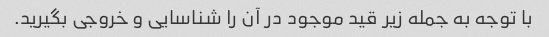
با توجه به جمله زیر قید موجود در آن را شناسایی و خروجی بگیرید.